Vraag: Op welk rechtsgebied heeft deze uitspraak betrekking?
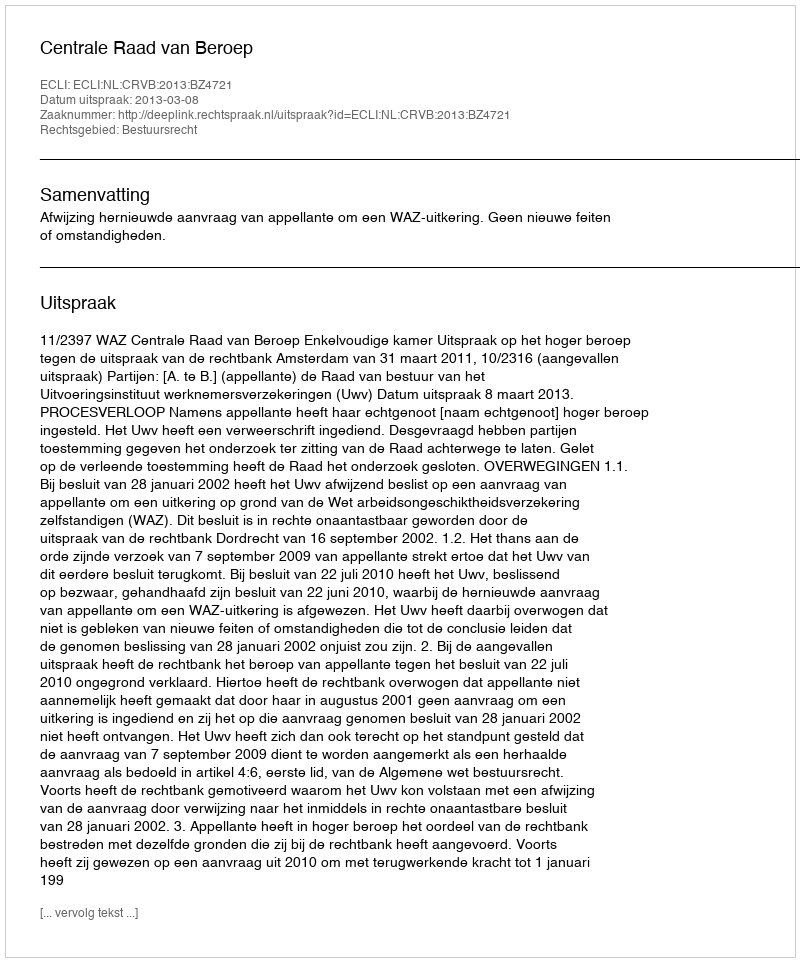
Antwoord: Bestuursrecht